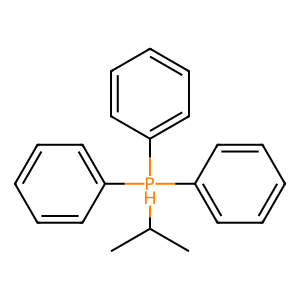
SMILES: CC(C)[PH](c1ccccc1)(c1ccccc1)c1ccccc1
Inhibits HIV replication: No